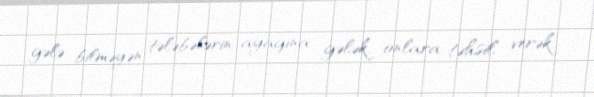
gələ bilməyən tələbələrin ayağına gələk, onlara təhsil verək.